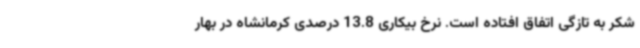
شکر به تازگی اتفاق افتاده است. نرخ بیکاری 13.8 درصدی کرمانشاه در بهار